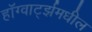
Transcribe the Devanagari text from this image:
हॉग्वार्ट्झमधील